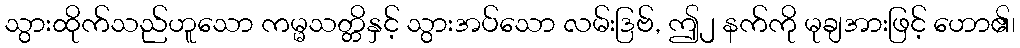
သွားထိုက်သည်ဟူသော ကမ္မသတ္တိနှင့် သွားအပ်သော လမ်းဒြဗ်, ဤ၂ နက်ကို မုချအားဖြင့် ဟော၏၊